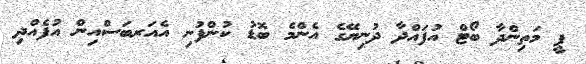
ޕީ މަތިންދާ ބޯޓް އުފައްދާ ދުނިޔޭގެ އެންމެ ބޮޑު ކުންފުނި އެއަރބަސްއިން އުފެއްދި